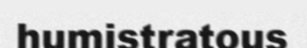
humistratous